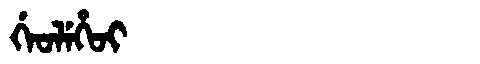
Manchu: ᡤᡝᠣᠯᡝᡥᠣᡳ
Romanization: GEOLEHOI